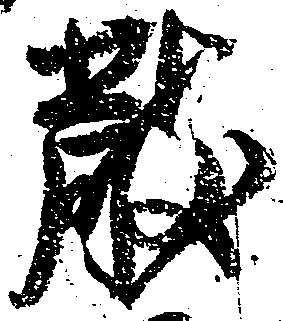
散